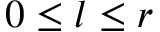
0 \leq l \leq r